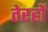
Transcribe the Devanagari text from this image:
तेरहों